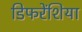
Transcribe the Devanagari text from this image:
डिफरेंशिया